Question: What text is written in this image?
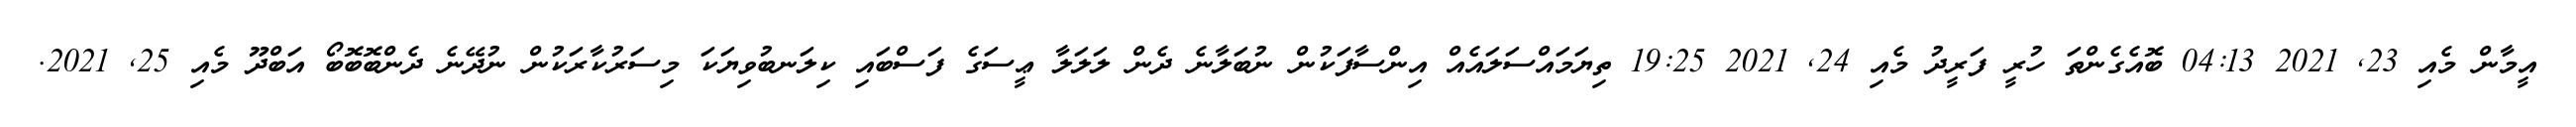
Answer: އީމާން މެއި 23, 2021 04:13 ބޮއެގެންތަ ހުރީ ފަރީދު މެއި 24, 2021 19:25 ތިޔަމައްސަލައެއް އިންސާފަކުން ނުބަލާނެ ދެން ލަލަލާ ޢީސަގެ ފަސްބައި ކިލަނބުވިޔަކަ މިސަރުކާރަކުން ނުދޭނެ ދެންބޮބޮބޯ އަބްދޫ މެއި 25, 2021.